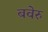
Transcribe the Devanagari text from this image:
बवेरु